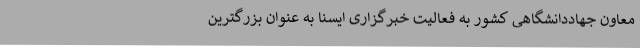
معاون جهاددانشگاهی کشور به فعالیت خبرگزاری ایسنا به عنوان بزرگترین